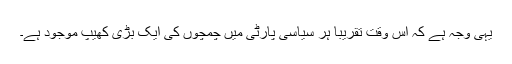
یہی وجہ ہے کہ اس وقت تقریباً ہر سیاسی پارٹی میں چمچوں کی ایک بڑی کھیپ موجود ہے۔